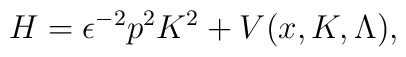
H=\epsilon^{-2}p^{2}K^{2}+V(x,K,\Lambda ),